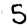
Digit: 5